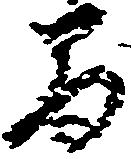
間